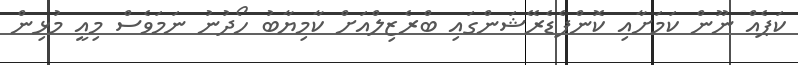
ކަޕެއް ނޫން ކަމަށާއި ކޮންފެޑެރޭޝަންގައި ބްރެޒިލްއަށް ކާމިޔާބު ހޯދުނު ނަމަވެސް މިއީ މުޅިން